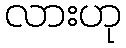
လားဟု